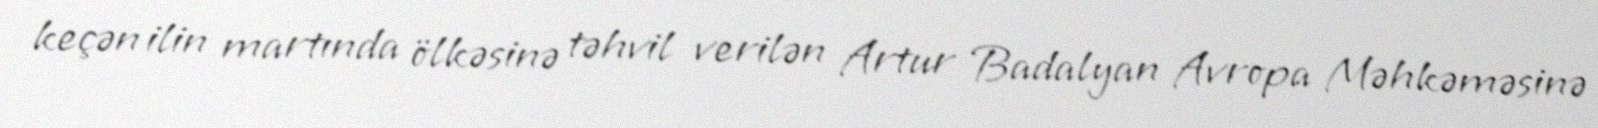
keçən ilin martında ölkəsinə təhvil verilən Artur Badalyan Avropa Məhkəməsinə